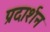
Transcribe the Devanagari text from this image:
प्रदार्शन